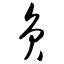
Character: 负